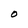
Character: O